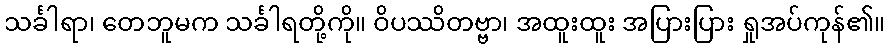
သင်္ခါရာ၊ တေဘူမက သင်္ခါရတို့ကို။ ဝိပဿိတဗ္ဗာ၊ အထူးထူး အပြားပြား ရှုအပ်ကုန်၏။